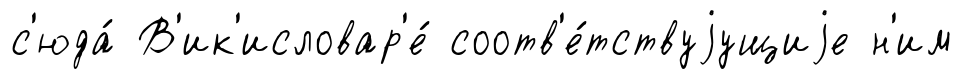
с'юда́ В'ик'исловар'е́ соотв'е́тствуjущиjе н'им